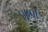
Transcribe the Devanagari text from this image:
पुश्पों